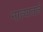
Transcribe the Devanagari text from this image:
नात्यातले